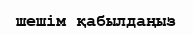
шешім қабылдаңыз